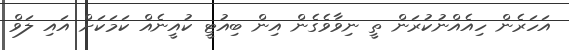
އަހަރެން ހިއެއްނުކުރަން ތީ ނިވާވެގެން އިން ބިއުޓީ ކުއީނެއް ކަމަކަށް އައި ލަވް